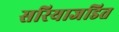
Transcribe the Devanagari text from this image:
सरियाजडित